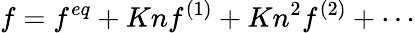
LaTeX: f=f^{eq}+Knf^{(1)}+Kn^{2}f^{(2)}+\cdots